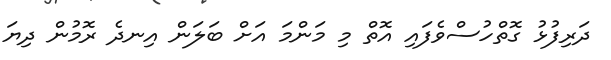
ދަރިފުޅު ގޮތްހުސްވެފައިި އޮތް މި މަންމަ އަށް ބަލަން އިނދެ ރޮމުން ދިޔަ